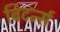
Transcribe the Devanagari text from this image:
बिटर्न्‍स